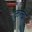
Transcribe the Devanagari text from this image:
कुत्ब